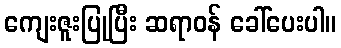
ကျေးဇူးပြုပြီး ဆရာဝန် ခေါ်ပေးပါ။